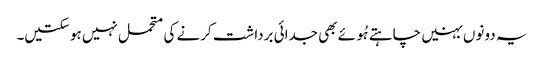
یہ دونوں بہنیں چاہتے ہُوئے بھی جدائی برداشت کرنے کی متحمل نہیں ہو سکتیں۔